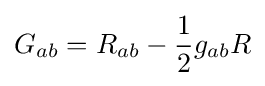
G_{ab}=R_{ab}-{\frac {1}{2}}g_{ab}R